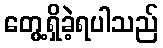
တွေ့ရှိခဲ့ရပါသည်